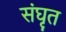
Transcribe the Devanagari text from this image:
संघृत